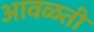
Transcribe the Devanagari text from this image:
आवळती